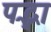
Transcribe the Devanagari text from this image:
पद्भा